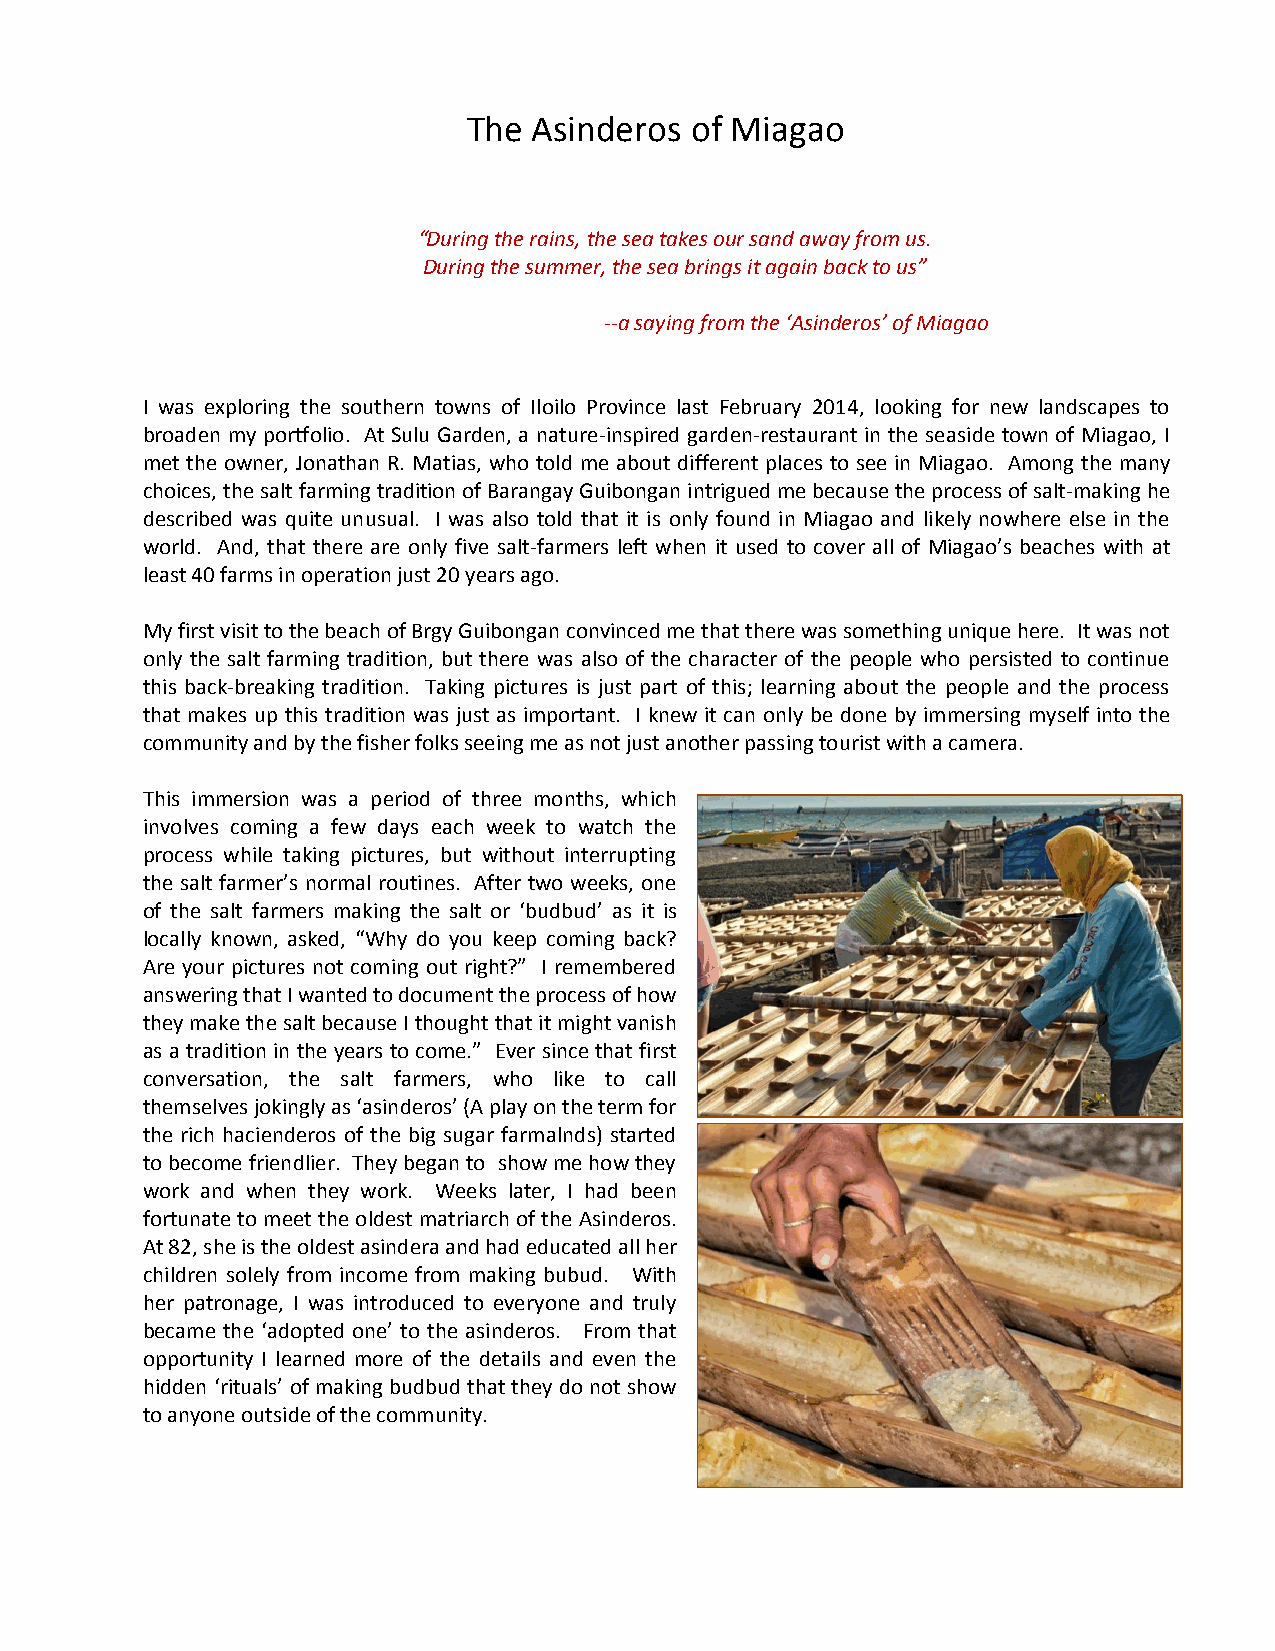
The Asinderos  of Miagao
 “During the rains, the sea takes our sand away from us.
 During the summer, the sea brings it again back to us”
 --a saying from the ‘Asinderos’ of Miagao
 I was exploring the southern towns of Iloilo Province last February 2014, looking for new landscapes to
 broaden my portfolio. At Sulu Garden, a nature-inspired garden-restaurant in the seaside town of Miagao, I
 met the owner, Jonathan R. Matias, who told me about different places to see in Miagao. Among the many
 choices, the salt farming tradition of Barangay Guibongan intrigued me because the process of salt-making he
 described was quite unusual. I was also told that it is only found in Miagao and likely nowhere else in the
 world. And, that there are only five salt-farmers left when it used to cover all of Miagao’s beaches with at
 least 40 farms in operation just 20 years ago.
 My first visit to the beach of Brgy Guibongan convinced me that there was something unique here. It was not
 only the salt farming tradition, but there was also of the character of the people who persisted to continue
 this back-breaking tradition. Taking pictures is just part of this; learning about the people and the process
 that makes up this tradition was just as important. I knew it can only be done by immersing myself into the
 community and by the fisher folks seeing me as not just another passing tourist with a camera.
 This immersion was a period of three months, which
 involves coming a few days each week to watch the
 process while taking pictures, but without interrupting
 the salt farmer’s normal routines. After two weeks, one
 of the salt farmers making the salt or ‘budbud’ as it is
 locally known, asked, “Why do you keep coming back?
 Are your pictures not coming out right?” I remembered
 answering that I wanted to document the process of how
 they make the salt because I thought that it might vanish
 as a tradition in the years to come.” Ever since that first
 conversation, the salt farmers, who like to call
 themselves jokingly as ‘asinderos’ (A play on the term for
 the rich hacienderos of the big sugar farmalnds) started
 to become friendlier. They began to show me how they
 work and when they work. Weeks later, I had been
 fortunate to meet the oldest matriarch of the Asinderos.
 At 82, she is the oldest asindera and had educated all her
 children solely from income from making bubud. With
 her patronage, I was introduced to everyone and truly
 became the ‘adopted one’ to the asinderos. From that
 opportunity I learned more of the details and even the
 hidden ‘rituals’ of making budbud that they do not show
 to anyone outside of the community.